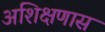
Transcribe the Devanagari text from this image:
अशिक्षणास